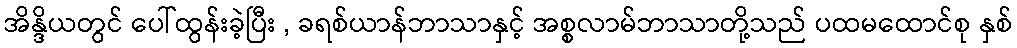
အိန္ဒိယတွင် ပေါ်ထွန်းခဲ့ပြီး , ခရစ်ယာန်ဘာသာနှင့် အစ္စလာမ်ဘာသာတို့သည် ပထမထောင်စု နှစ်